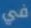
في